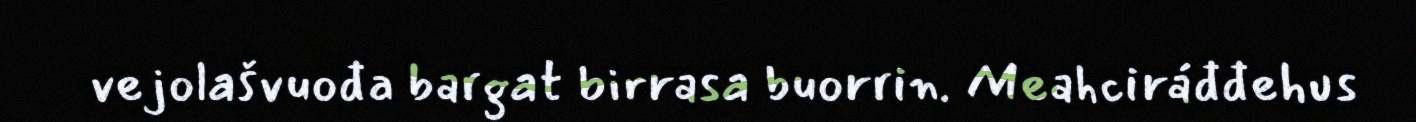
vejolašvuođa bargat birrasa buorrin. Meahciráđđehus